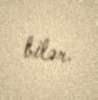
bilər.